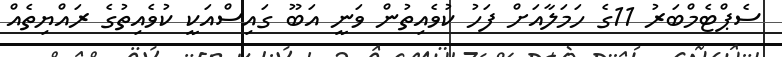
ސެޕްޓެމްބަރު 11ގެ ހަމަލާއަށް ފަހު ކުވެއިތުން ވަނީ އަބޫ ގައިސްއަކީ ކުވެއިތުގެ ރައްޔިތެއް